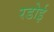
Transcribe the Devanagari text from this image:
रडोई